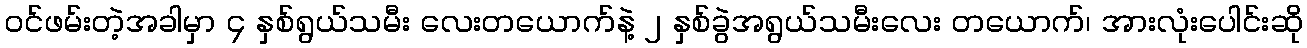
ဝင်ဖမ်းတဲ့အခါမှာ ၄ နှစ်ရွယ်သမီး လေးတယောက်နဲ့ ၂ နှစ်ခွဲအရွယ်သမီးလေး တယောက်၊ အားလုံးပေါင်းဆို